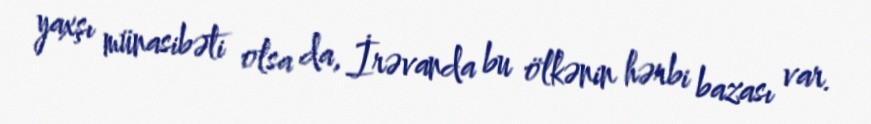
yaxşı münasibəti olsa da, İrəvanda bu ölkənin hərbi bazası var.